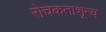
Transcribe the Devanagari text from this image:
रोचकताशून्य